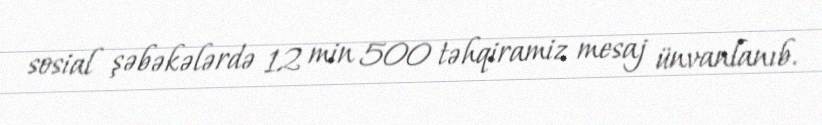
sosial şəbəkələrdə 12 min 500 təhqiramiz mesaj ünvanlanıb.